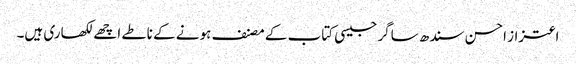
اعتزاز احسن سندھ ساگر جیسی کتاب کے مصنف ہونے کے ناطے اچھے لکھاری ہیں۔